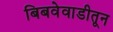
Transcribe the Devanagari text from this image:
बिबवेवाडीतून